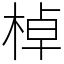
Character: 棹